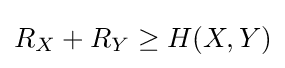
R_{X}+R_{Y}\geq H(X,Y)